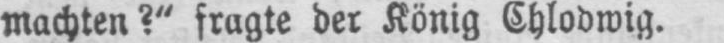
machten?“ fragte der König Chlodwig.